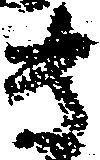
き